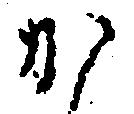
か